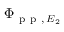
\Phi _ { \mathrm { ~ p ~ p ~ } , \, E _ { 2 } }